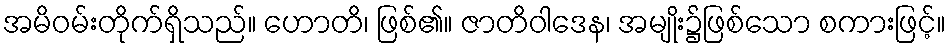
အမိဝမ်းတိုက်ရှိသည်။ ဟောတိ၊ ဖြစ်၏။ ဇာတိဝါဒေန၊ အမျိုး၌ဖြစ်သော စကားဖြင့်။